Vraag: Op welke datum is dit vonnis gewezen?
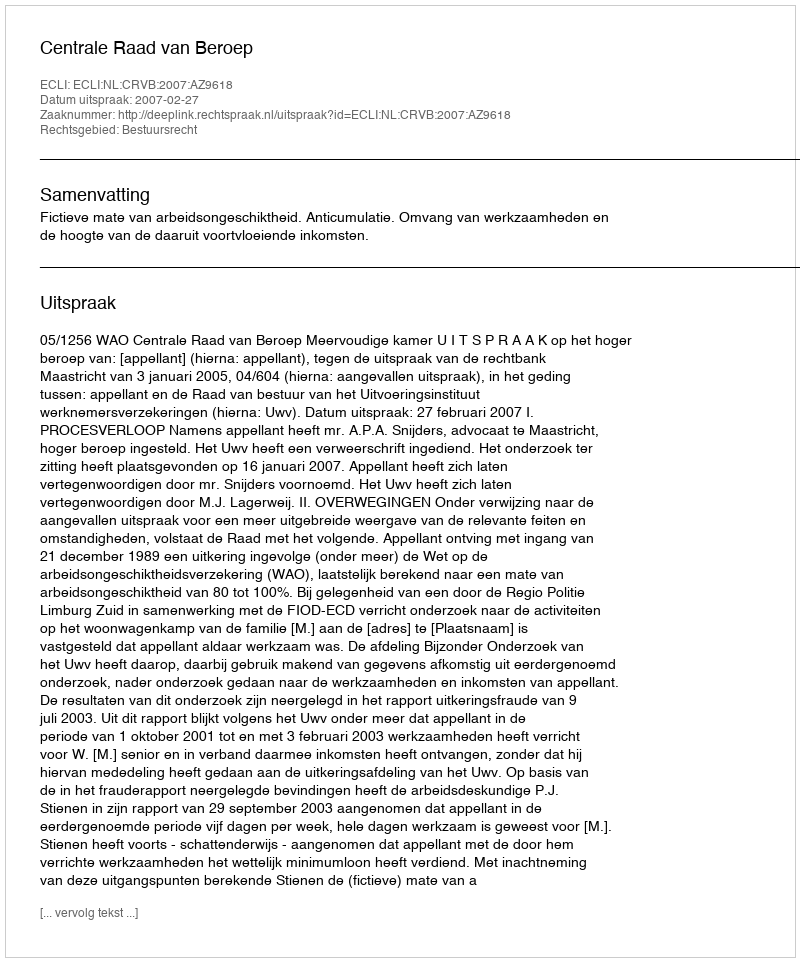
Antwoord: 2007-02-27